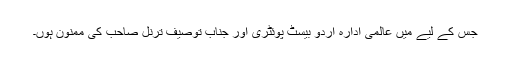
جس کے لیے میں عالمی ادارہ اردو بیسٹ پوئٹری اور جناب توصیف ترنل صاحب کی ممنون ہوں۔